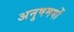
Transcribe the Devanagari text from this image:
अनुषमगों